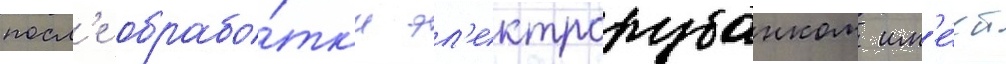
посл'е обрабо́тк'и эл'ектрорубанком им'е́ет